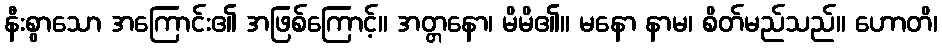
နီးစွာသော အကြောင်း၏ အဖြစ်ကြောင့်။ အတ္တနော၊ မိမိ၏။ မနော နာမ၊ စိတ်မည်သည်။ ဟောတိ၊